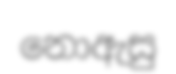
නොඇසු